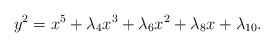
\begin{align*}y^2 = x^5 + \lambda_4 x^3 + \lambda_6 x^2 + \lambda_8 x + \lambda_{10}.\end{align*}